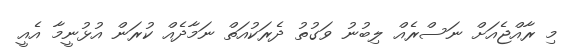
މި ރާއްޖެއަށް ނަސްރެއް ލިބުނު ވަގުތު ދެރަކުއަތް ނަމާދެއް ކުރަން އުޅުނީމާ އެއީ